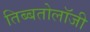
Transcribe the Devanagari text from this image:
तिब्‍बतोलॉजी